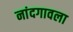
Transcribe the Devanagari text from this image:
नांदगावला